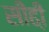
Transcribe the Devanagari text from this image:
सीढी़